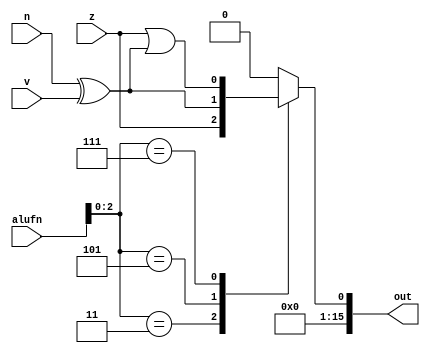
/*
   This file was generated automatically by Alchitry Labs version 1.2.7.
   Do not edit this file directly. Instead edit the original Lucid source.
   This is a temporary file and any changes made to it will be destroyed.
*/

module compare_16_12 (
    input z,
    input v,
    input n,
    input [5:0] alufn,
    output reg [15:0] out
  );
  
  
  
  always @* begin
    out = 16'h0000;
    
    case (alufn[0+2-:3])
      default: begin
        out[0+0-:1] = 1'h0;
      end
      3'h3: begin
        out[0+0-:1] = z;
      end
      3'h5: begin
        out[0+0-:1] = n ^ v;
      end
      3'h7: begin
        out[0+0-:1] = z | (n ^ v);
      end
    endcase
  end
endmodule